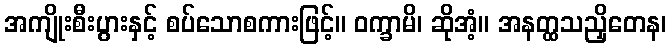
အကျိုးစီးပွားနှင့် စပ်သောစကားဖြင့်။ ဝက္ခာမိ၊ ဆိုအံ့။ အနတ္ထသညှိတေန၊